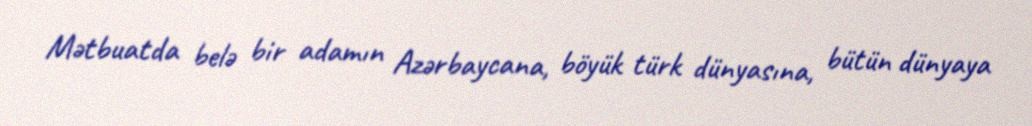
Mətbuatda belə bir adamın Azərbaycana, böyük türk dünyasına, bütün dünyaya